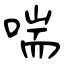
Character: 喘